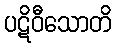
ပဋိဝီသောတိ